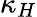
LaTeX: \kappa_{H}